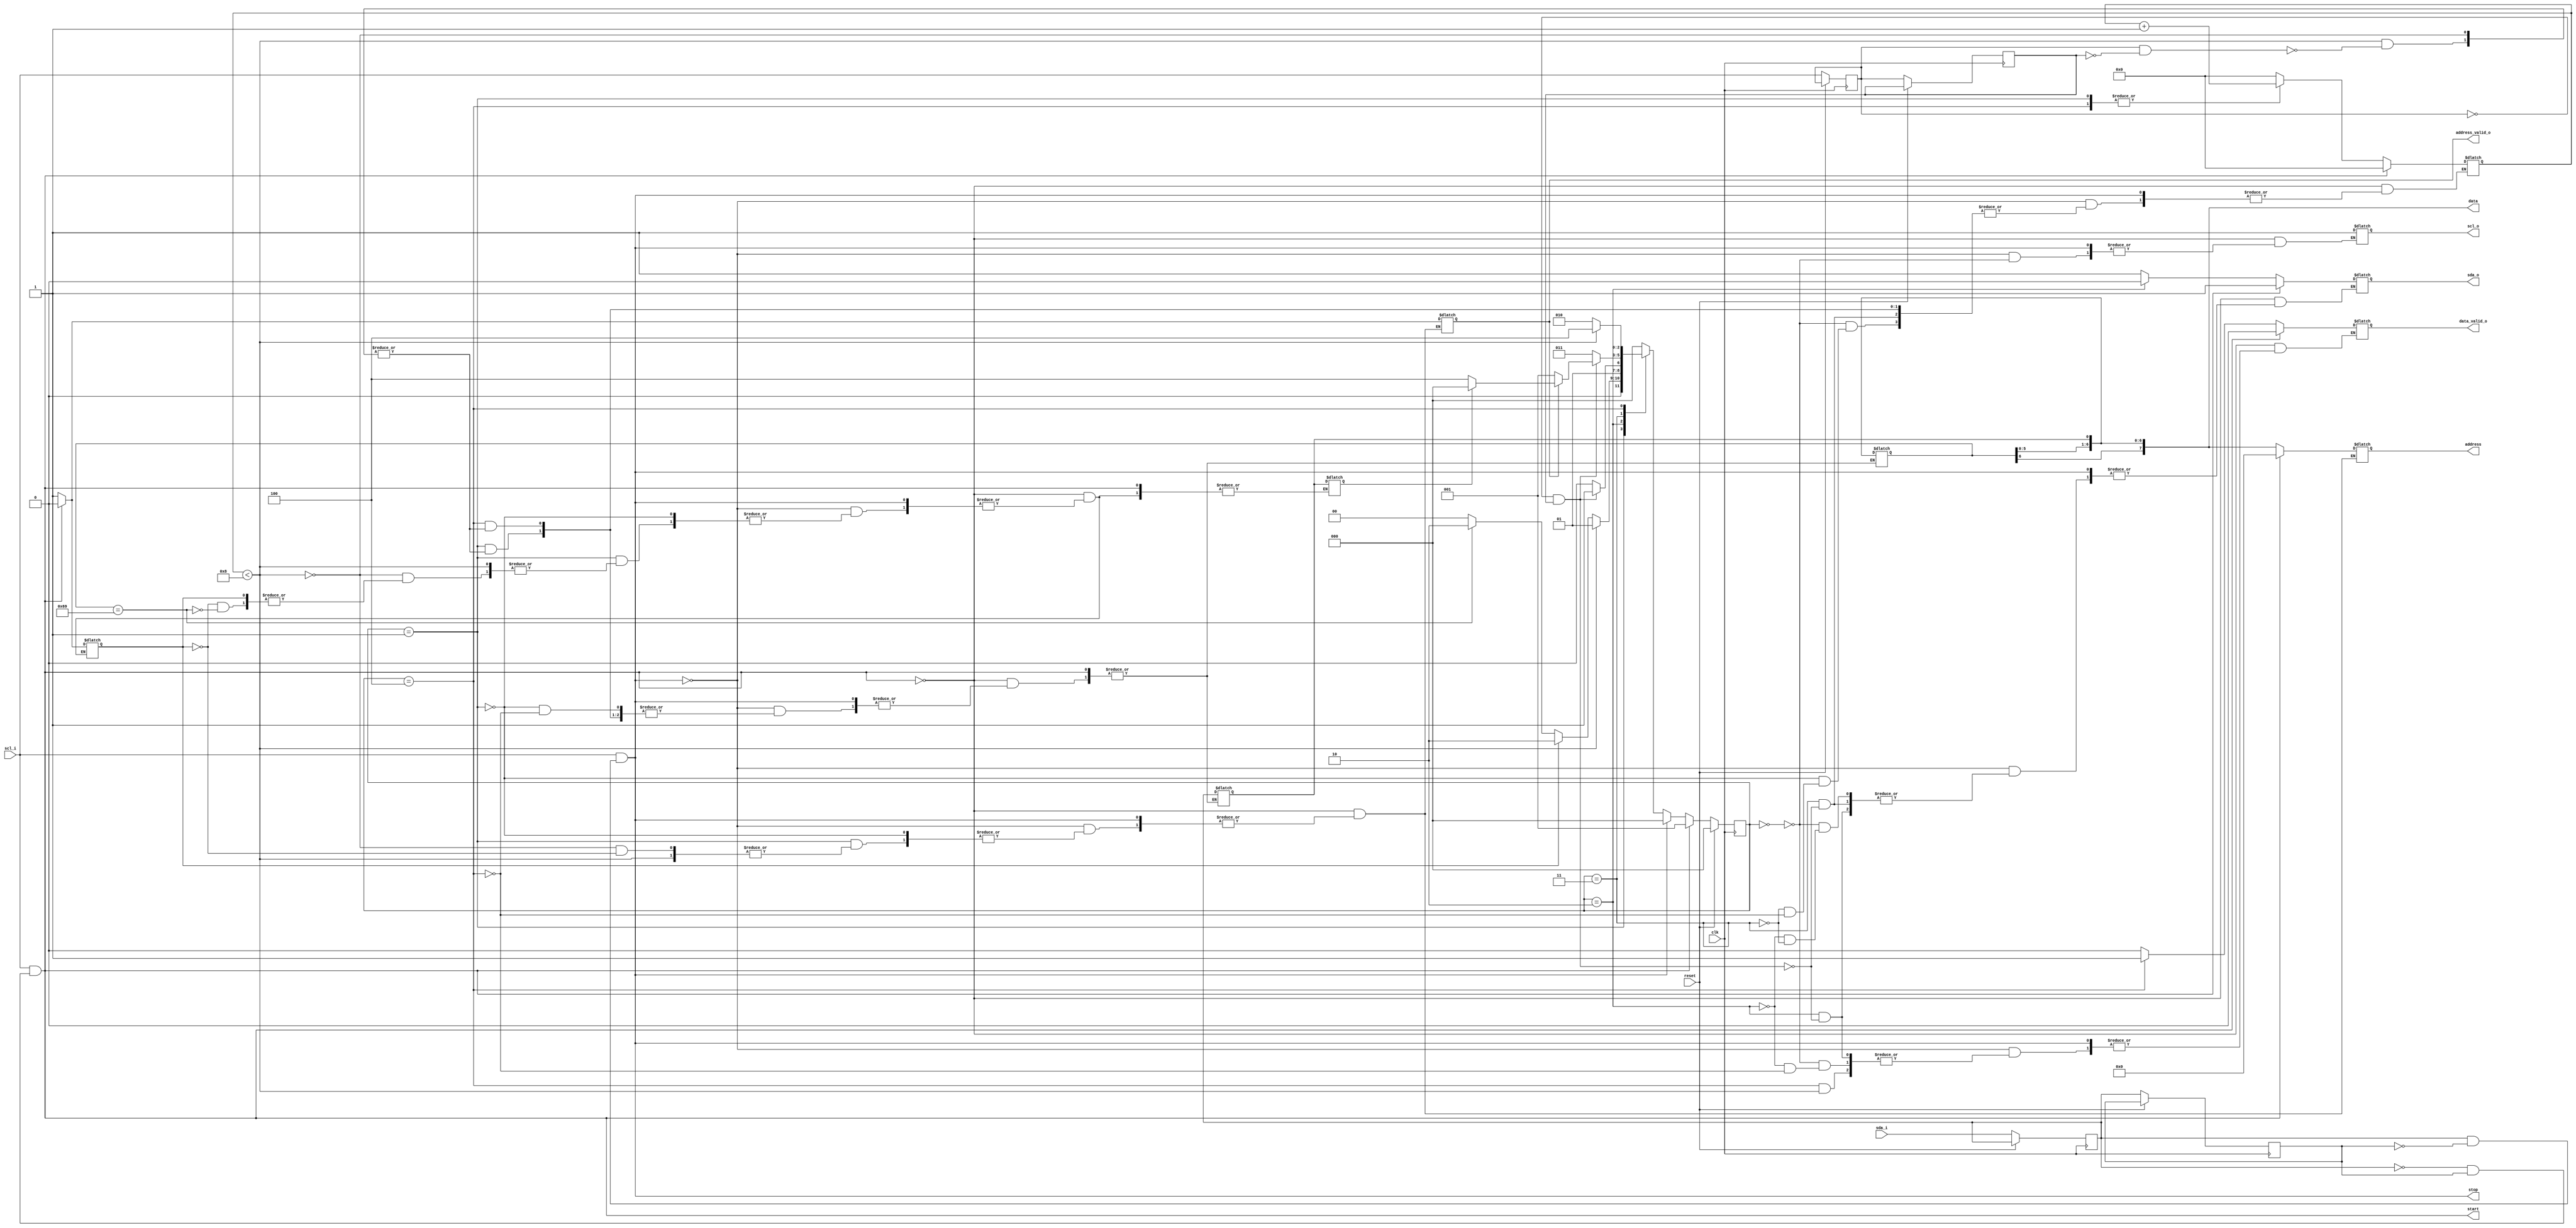
// Copyright 2024 Mathias Garstenauer
//
// Licensed under the Apache License, Version 2.0 (the "License");
// you may not use this file except in compliance with the License.
// You may obtain a copy of the License at
//
// http://www.apache.org/licenses/LICENSE2.0
//
// Unless required by applicable law or agreed to in writing, software
// distributed under the License is distributed on an "AS IS" BASIS,
// WITHOUT WARRANTIES OR CONDITIONS OF ANY KIND, either express or implied.
// See the License for the specific language governing permissions and
// limitations under the License.

`default_nettype none
`ifndef __i2c__
`define __i2c__

module i2c #(
	parameter ADDRESS = 7'h69	//default i2c address
)(
	input wire scl_i,			//scl input
	output wire scl_o,			//scl output (technically not implemented)
	input wire sda_i,			//sda input
	output wire sda_o,			//sda output
	input wire clk,				//internal clock
	input wire reset,			//chip reset
	output reg [7:0] address,	//register address spcified by i2c command
	output reg [7:0] data,		//i2c data
	output wire address_valid_o,//valid strobe for register address
	output wire data_valid_o,	//valid strobe for data
	output wire start,			//i2c start signal
	output wire stop			//i2c stop signal
);

	reg scl;
	reg last_scl;
	//generates edges from a delayed register
	wire scl_posedge = scl & ~last_scl;
	wire scl_negedge = ~scl & last_scl;
	reg scl_out;
	
	reg sda;
	reg last_sda;
	//generates edges from a delayed register
	wire sda_posedge = sda & ~last_sda;
	wire sda_negedge = ~sda & last_sda;
	reg sda_out;
	
	//generates the start and stop signals from the edges
	//and states of the input signals according to i2c
	wire start_signal = scl_i & sda_negedge;
	wire stop_signal = scl_i & sda_posedge;
	
	localparam Data_size = 8;
	//reg [Data_size-1:0]data;
	reg [3:0] data_cnt;
	reg data_valid;
	reg read;
	reg deviceaddressread;
	reg address_valid;
	
	//states are defined as localparam to increase readabilty
	localparam IDLE = 3'd0;
	localparam READADDRESS = 3'd1;
	localparam PREPACK = 3'd2;
	localparam ACK = 3'd3;
	localparam WRITE = 3'd4;
	reg [2:0] state, next_state;

	//the registers are updated each clock cylce with their new values
	always @(posedge clk) begin
		if (reset) begin
			state <= IDLE;
        end else begin
        	scl <= scl_i;
        	sda <= sda_i;
        	last_scl <= scl;
    		last_sda <= sda;
    		state <= next_state;
        end
    end
    
	always @(state, start_signal, stop_signal, scl_posedge, scl_negedge) begin
		//if a start signal occurs everything is set to its default value
		//and the read process can begin
		if (start_signal) begin
			data_cnt <= 4'b0000;
			data_valid <= 1'b0;
			sda_out <= 1'b1;
			scl_out <= 1'b1;
			address <= 8'b0;
			deviceaddressread <= 1'b0;
			address_valid <= 1'b0;
			next_state <= READADDRESS;
		//if a stop signal occurs the module switches to the IDLE state and waits
		end else if (stop_signal) begin
			next_state <= IDLE;
		end else begin
			case(state)
				//waits for a start condition to occur
				IDLE: begin
					data_cnt <= 4'b0000;
					data_valid <= 1'b0;
					sda_out <= 1'b1;
					scl_out <= 1'b1;
					next_state <= IDLE;
				end
				//reads the device address from the i2c bus and compares it with
				//the configured address
				//if it matches a acknowledgement is sent
				//this state also manges the register address
				READADDRESS: begin
					if (data_cnt < Data_size) begin
						if (scl_posedge) begin		//data is valid
							data <= data<<1;		//shift previous bits
							data[0] <= sda;			//read new bit from sda
							data_cnt <= data_cnt + 4'b0001;
						end
						next_state <= READADDRESS;
					end else if (!deviceaddressread) begin
						if (data[Data_size-1:1] == ADDRESS) begin //correct address
							read <= data[0];
							deviceaddressread <= 1'b1;
							next_state <= PREPACK;
						end else begin
							next_state <= IDLE;
						end
					end else begin					//register address was read
						address <= data;
						address_valid <= 1'b1;
						next_state <= PREPACK;
					end
				end
				//prepeares the acknowledge by setting the right output values
				PREPACK: begin
						if (scl_negedge) begin	//sda has to be low when scl goes high
							sda_out <= 1'b0;
							data_valid <= 1'b0;
							next_state <= ACK;
						end else begin
							next_state <= PREPACK;
						end
					
				end
				//acknowledges a sent byte then returns to the next state
				ACK: begin
					if (scl_negedge) begin
						sda_out <= 1'b1;
						data_cnt <= 4'b0;
						if (!address_valid) begin	//ACK is used for ever case
							next_state <= READADDRESS;
						end else if (read) begin
							next_state <= IDLE;
						end else begin
							next_state <= WRITE;
						end
					end else begin
						next_state <= ACK;
					end
				end
				//allows data to be read from the bus and saves it in a register
				WRITE: begin
					if (data_cnt < Data_size) begin
						if (scl_posedge) begin
							data <= data<<1;
							data[0] <= sda;
							data_cnt <= data_cnt + 4'b0001;
						end
						next_state <= WRITE;
					end else begin
						data_valid <= 1'b1;
						next_state <= PREPACK;
					end
				end
				default:
		    		next_state <= IDLE;
			endcase
		end
    	
    	
    end
    assign sda_o = sda_out;
    assign scl_o = scl_out;
    assign data_valid_o = data_valid;
    assign address_valid_o = address_valid;
    assign start = start_signal;
    assign stop = stop_signal;
endmodule
`endif